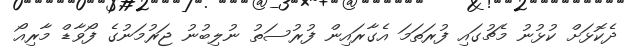
ދެކޮޅަށް ކުޅުނު މެޗުގައި ފުރަތަމަ އެގާރައިން ފުރުސަތު ނުލިބުނު ޖަރުމަނުގެ ފޯވާޑް މާރިއޯ